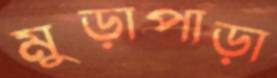
মুড়াপাড়া